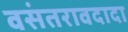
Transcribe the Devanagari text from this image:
वसंतरावदादा